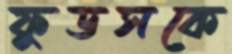
ফুডসকে